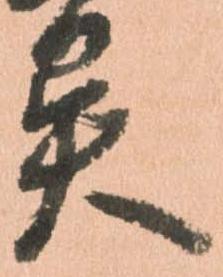
異